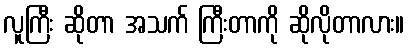
လူကြီး ဆိုတာ အသက် ကြီးတာကို ဆိုလိုတာလား။